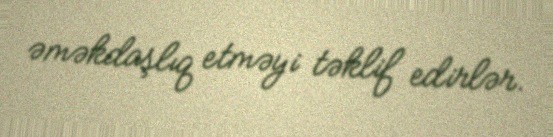
əməkdaşlıq etməyi təklif edirlər.